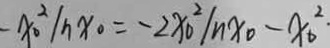
- x _ { 0 } ^ { 2 } / n x _ { 0 } = - 2 x _ { 0 } ^ { 2 } / n x _ { 0 } - x _ { 0 } ^ { 2 } \cdot